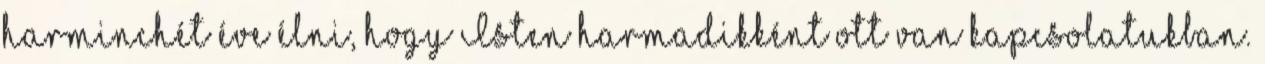
harminchét éve élni, hogy Isten harmadikként ott van kapcsolatukban.